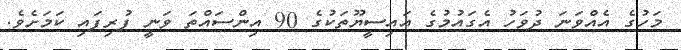
މަހުގެ އެއްވަނަ ދުވަހު އެގައުމުގެ އައިސީޔޫތަކުގެ 90 އިންސައްތަ ވަނީ ފުރިފައި ކަމަށެވެ.